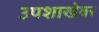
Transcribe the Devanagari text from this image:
उपशाखेवर